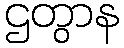
ဌတွာန